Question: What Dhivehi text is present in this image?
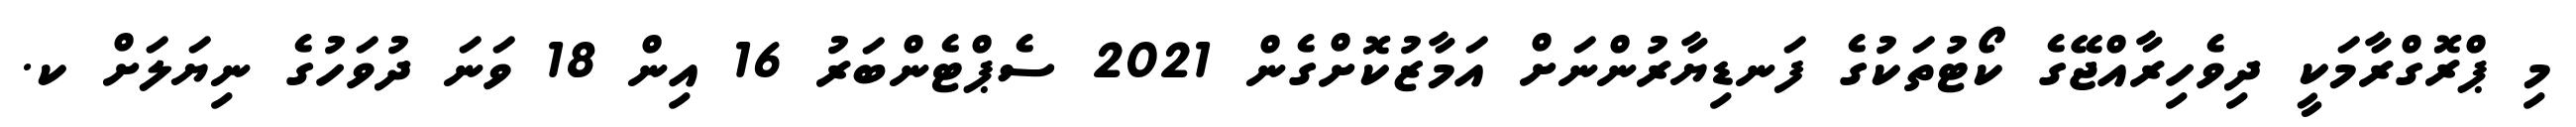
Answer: މި ޕްރޮގްރާމަކީ ދިވެހިރާއްޖޭގެ ކޯޓުތަކުގެ ފަނޑިޔާރުންނަށް އަމާޒުކޮށްގެން 2021 ސެޕްޓެންބަރު 16 އިން 18 ވަނަ ދުވަހުގެ ނިޔަލަށް ކ.